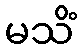
မသိံ